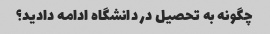
چگونه به تحصیل در دانشگاه ادامه دادید؟